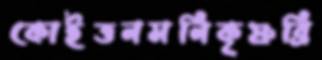
কোইত্তনমনিকৃষ্ণব্রি